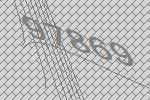
97869